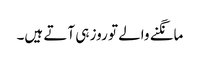
مانگنے والے تو روز ہی آتے ہیں۔